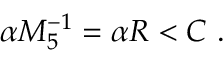
\alpha M _ { 5 } ^ { - 1 } = \alpha R < C \ .